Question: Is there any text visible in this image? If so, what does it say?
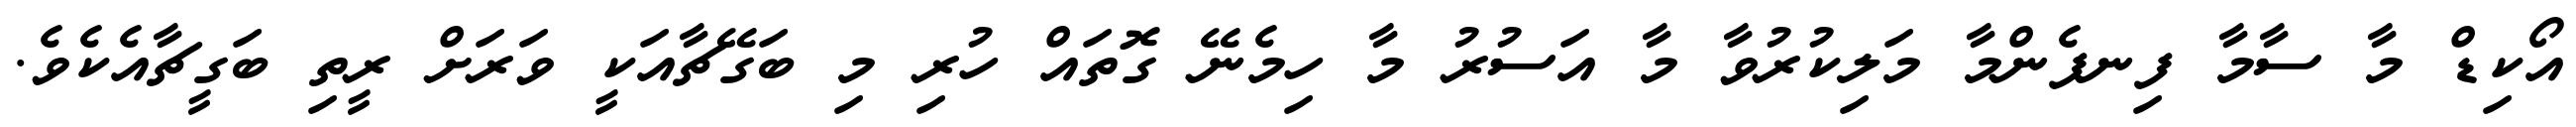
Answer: އޯކިޑް މާ ސާމާ ފިނފެންމާ މަލިކުރުވާ މާ އަސުރު މާ ހިމެނޭ ގޮތައް ހުރި މި ބަގޭޗާއަކީ ވަރަށް ރީތި ބަގީޗާއެކެވެ.